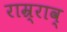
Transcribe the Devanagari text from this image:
राम्र्राव्